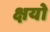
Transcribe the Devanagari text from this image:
क्षयो